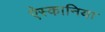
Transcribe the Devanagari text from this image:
ऐस्कानिया